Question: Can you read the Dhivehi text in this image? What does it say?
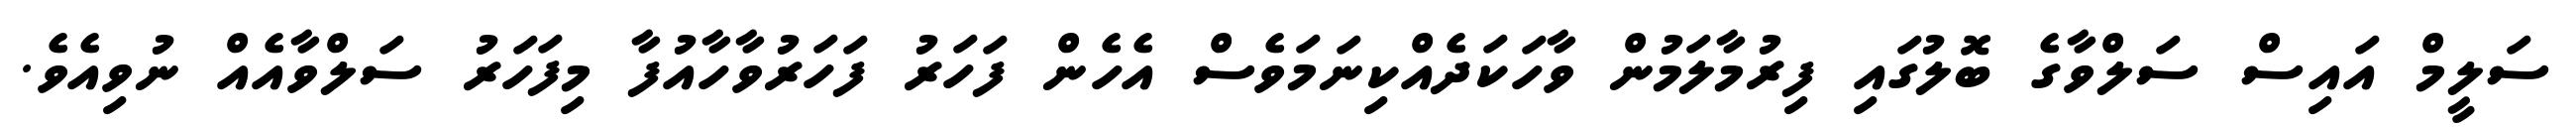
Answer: ސަލީމް އައިސް ސަލްވާގެ ބޮލުގައި ފިރުމާލަމުން ވާހަކަދެއްކިނަމަވެސް އެހެން ފަހަރު ފަހަރުވާހާއުފާ މިފަހަރު ސަލްވާއެއް ނުވިއެވެ.